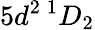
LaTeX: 5d^{2}\, ^{1}D_{2}